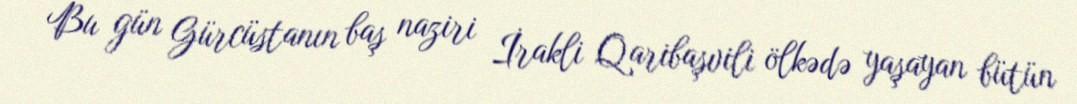
Bu gün Gürcüstanın baş naziri İrakli Qaribaşvili ölkədə yaşayan bütün